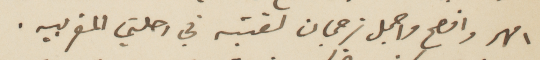
امهر وافصح واجمل ترجمان لقيته في رحلتي المغربية.